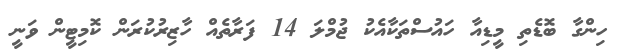
ހިންގާ ބޮޑެތި މީޑިއާ ހައުސްތަކާއެކު ޖުމްލަ 14 ފަރާތެއް ހާޒިރުކުރަން ކޮމިޓީން ވަނީ